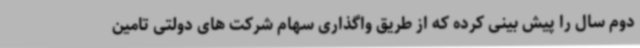
دوم سال را پیش بینی کرده که از طریق واگذاری سهام شرکت های دولتی تامین